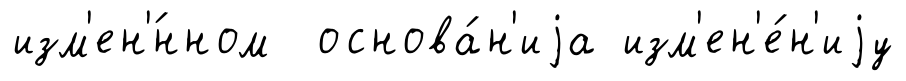
изм'ен'́нном основа́н'иjа изм'ен'е́н'иjу